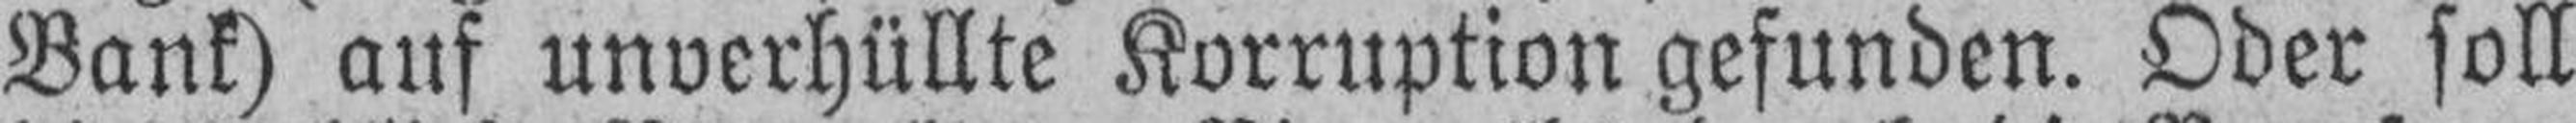
Bank) auf unverhüllte Korruption gefunden. Oder soll